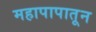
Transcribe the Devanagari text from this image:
महापापातून